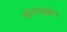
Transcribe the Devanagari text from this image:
ओलख़ोन